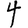
Digit: 4